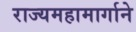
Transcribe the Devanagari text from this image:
राज्यमहामार्गाने